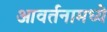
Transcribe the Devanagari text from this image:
आवर्तनामध्ये